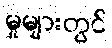
မှုများတွင်